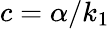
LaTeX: c=\alpha/k_{1}